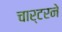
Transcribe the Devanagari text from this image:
चार्टरने